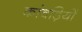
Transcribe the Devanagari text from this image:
कांवड़ियों